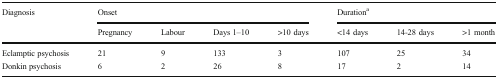
<table><thead><tr><td rowspan="2"><b>Diagnosis</b></td><td colspan="4"><b>Onset</b></td><td colspan="3"><b>Duration<sup>a</sup></b></td></tr><tr><td><b>Pregnancy</b></td><td><b>Labour</b></td><td><b>Days 1–10</b></td><td><b>&gt;10 days</b></td><td><b>&lt;14 days</b></td><td><b>14-28 days</b></td><td><b>&gt;1 month</b></td></tr></thead><tbody><tr><td>Eclamptic psychosis</td><td>21</td><td>9</td><td>133</td><td>3</td><td>107</td><td>25</td><td>34</td></tr><tr><td>Donkin psychosis</td><td>6</td><td>2</td><td>26</td><td>8</td><td>17</td><td>2</td><td>14</td></tr></tbody></table>